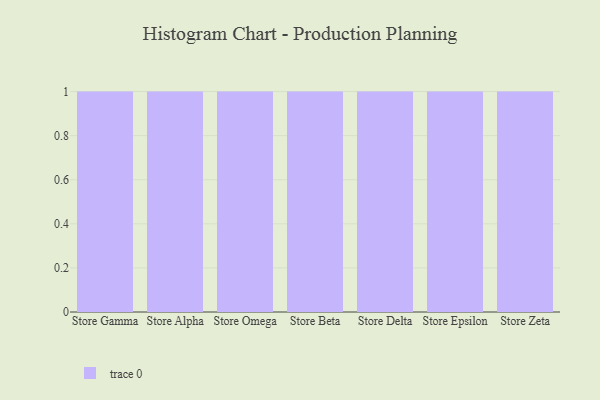
{"axis": {"x": "Store", "y": "Production Output"}, "legend": [""], "data": [{"x": "Store Gamma", "y": 48, "type": ""}, {"x": "Store Alpha", "y": 72, "type": ""}, {"x": "Store Omega", "y": 5, "type": ""}, {"x": "Store Beta", "y": 17, "type": ""}, {"x": "Store Delta", "y": 48, "type": ""}, {"x": "Store Epsilon", "y": 34, "type": ""}, {"x": "Store Zeta", "y": 11, "type": ""}]}